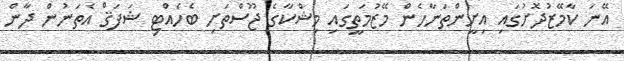
އޭނަ ކާމޭޒުދޮށުގައި އިށީންތަނާހެން މޭޒުމަތީގައި މިޝްކާގެ ޖޫސްތަށި ބެހެއްޓި ޝަފަޤް އެތަނުން ދާން